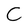
Character: C